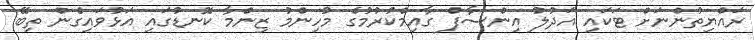
ރައްޔިތުންނަށް ޓަކައި އަދުލު އިންސާފް ގާއިމްކުރުމުގެ މުހިންމު ޒިންމާ ކޮނޑުގައި އަޅުވައިގެން ތިބޭ